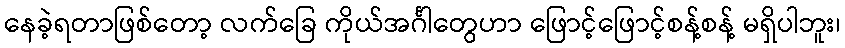
နေခဲ့ရတာဖြစ်တော့ လက်ခြေ ကိုယ်အင်္ဂါတွေဟာ ဖြောင့်ဖြောင့်စန့်စန့် မရှိပါဘူး၊